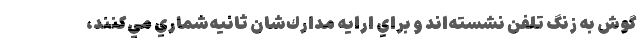
گوش به زنگ تلفن نشسته‌اند و براي ارايه مدارك‌شان ثانيه‌شماري مي‌كنند،